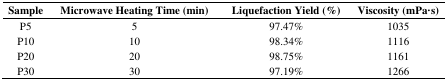
<table><thead><tr><td><b>Sample</b></td><td><b>Microwave Heating Time (min)</b></td><td><b>Liquefaction Yield (%)</b></td><td><b>Viscosity (mPa·s)</b></td></tr></thead><tbody><tr><td>P5</td><td>5</td><td>97.47%</td><td>1035</td></tr><tr><td>P10</td><td>10</td><td>98.34%</td><td>1116</td></tr><tr><td>P20</td><td>20</td><td>98.75%</td><td>1161</td></tr><tr><td>P30</td><td>30</td><td>97.19%</td><td>1266</td></tr></tbody></table>